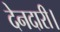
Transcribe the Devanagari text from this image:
देनदारी।